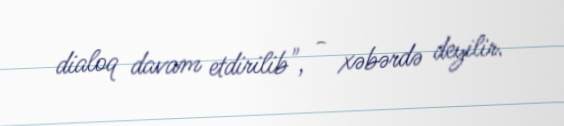
dialoq davam etdirilib", - xəbərdə deyilir.